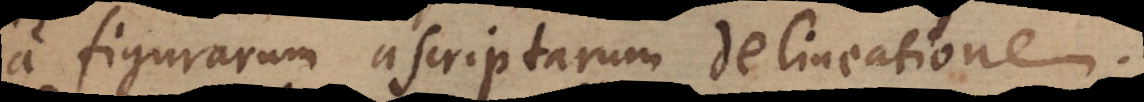
a figurarum ascriptarum delineatione.